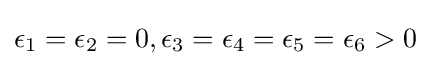
\epsilon _{1}=\epsilon _{2}=0,\epsilon _{3}=\epsilon _{4}=\epsilon _{5}=\epsilon _{6}>0